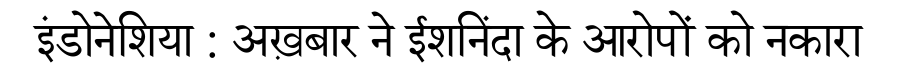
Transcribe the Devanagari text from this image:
इंडोनेशिया : अख़बार ने ईशनिंदा के आरोपों को नकारा